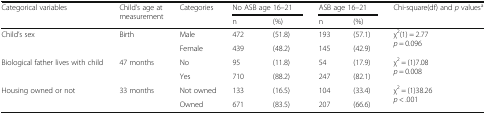
<table><thead><tr><td rowspan="2"><b>Categorical variables</b></td><td rowspan="2"><b>Child’s age at measurement</b></td><td rowspan="2"><b>Categories</b></td><td colspan="2"><b>No ASB age 16–21</b></td><td colspan="2"><b>ASB age 16–21</b></td><td rowspan="2"><b>Chi-square(df) and <i>p</i> values<sup>a</sup></b></td></tr><tr><td><b>n</b></td><td><b>(%)</b></td><td><b>n</b></td><td><b>(%)</b></td></tr></thead><tbody><tr><td rowspan="2">Child’s sex</td><td>Birth</td><td>Male</td><td>472</td><td>(51.8)</td><td>193</td><td>(57.1)</td><td rowspan="2">χ<sup>2</sup>(1) = 2.77<i>p</i> = 0.096</td></tr><tr><td></td><td>Female</td><td>439</td><td>(48.2)</td><td>145</td><td>(42.9)</td></tr><tr><td rowspan="2">Biological father lives with child</td><td>47 months</td><td>No</td><td>95</td><td>(11.8)</td><td>54</td><td>(17.9)</td><td rowspan="2">χ<sup>2</sup> = (1)7.08<i>p</i> = 0.008</td></tr><tr><td></td><td>Yes</td><td>710</td><td>(88.2)</td><td>247</td><td>(82.1)</td></tr><tr><td rowspan="2">Housing owned or not</td><td>33 months</td><td>Not owned</td><td>133</td><td>(16.5)</td><td>104</td><td>(33.4)</td><td rowspan="2">χ<sup>2</sup> = (1)38.26<i>p</i> &lt; .001</td></tr><tr><td></td><td>Owned</td><td>671</td><td>(83.5)</td><td>207</td><td>(66.6)</td></tr></tbody></table>